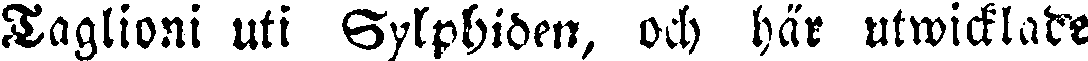
Taglioni uti Sylphiden, och här utwicklade